Civil Veterinary Department. Madras. Admin. report 1926-33 - 1926-1933
Year: 1926
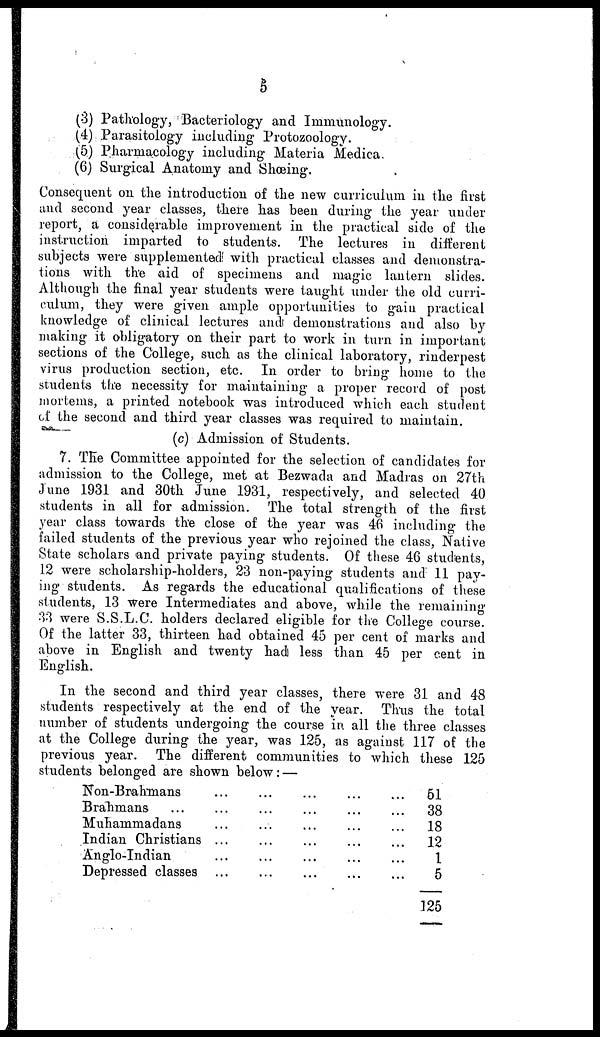
8
(3) Pathology, Bacteriology and Immunology.
(4) Parasitology including Protozoology.
(5) Pharmacology including Materia Medica.
(6) Surgical Anatomy and Shoeing.
Consequent on the introduction of the new curriculum in the first
and second year classes, there has been during the year under
report, a considerable improvement in the practical side of the
instruction imparted to students. The lectures in different
subjects were supplemented with practical classes and demonstra-
tions with the aid of specimens and magic lantern slides.
Although the final year students were taught under the old curri-
culum, they were given ample opportunities to gain practical
knowledge of clinical lectures and demonstrations and also by
making it obligatory on their part to work in turn in important
sections of the College, such as the clinical laboratory, rinderpest
virus production section, etc. In order to bring home to the
students the necessity for maintaining a proper record of post
mortems, a printed notebook was introduced which each student
of the second and third year classes was required to maintain.
(c) Admission of Students.
7. The Committee appointed for the selection of candidates for
admission to the College, met at Bezwada and Madias on 27th
June 1931 and 30th June 1931, respectively, and selected 40
students in all for admission. The total strength of the first
year class towards the close of the year was 46 including the
failed students of the previous year who rejoined the class, Native
State scholars and private paying students. Of these 46 students,
12 were scholarship-holders, 23 non-paying students and 11 pay-
ing students. As regards the educational qualifications of these
students, 13 were Intermediates and above, while the remaining
33 were S.S.L.C. holders declared eligible for the College course.
Of the latter 33, thirteen had obtained 45 per cent of marks and
above in English and twenty had less than 45 per cent in
English.
In the second and third year classes, there were 31 and 48
students respectively at the end of the year. Thus the total
number of students undergoing the course in all the three classes
at the College during the year, was 125, as against 117 of the
previous year. The different communities to which these 125
students belonged are shown below: —
Non-Brahmans
Brahmans ...
Muhammadans
Indian Christians
Anglo-Indian
Depressed classes
...
...
...
...
...
...
...
...
...
...
...
...
...
...
...
...
...
...
...
...
...
...
...
...
...
...
...
...
...
...
51
38
18
12
1
6
125